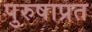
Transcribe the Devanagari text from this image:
पुरुषाप्रत